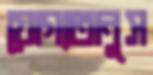
যোগ্যতানুস